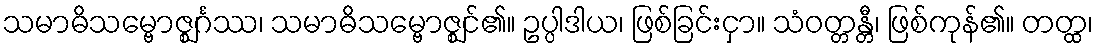
သမာဓိသမ္ဗောဇ္ဈင်္ဂဿ၊ သမာဓိသမ္ဗောဇ္ဈင်၏။ ဥပ္ပါဒါယ၊ ဖြစ်ခြင်းငှာ။ သံဝတ္တန္တီ၊ ဖြစ်ကုန်၏။ တတ္ထ၊